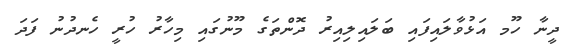
ދީނާ ހޫމ އަޅުވާލައިފައި ބަލައިލިއިރު ދޮންތަގެ މޫނުގައި މިހާރު ހުރީ ހެނދުނު ފަދަ